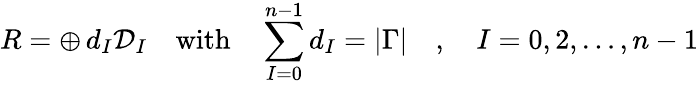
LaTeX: R=\oplus\, d_{I}{\cal D}_{I}\quad\mathrm{with}\quad\sum_{I=0}^{n-1}d_{I}=|\Gamma|\quad,\quad I=0,2,\ldots,n-1